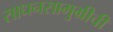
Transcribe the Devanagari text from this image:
साधनसामुग्रीची